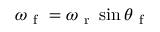
\omega _ { \mathrm { ~ f ~ } } = \omega _ { \mathrm { ~ r ~ } } \sin \theta _ { \mathrm { ~ f ~ } }